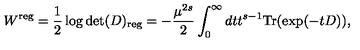
W ^ { \mathrm { \scriptsize r e g } } = \frac 1 2 \log \det ( D ) _ { \mathrm { \scriptsize r e g } } = - \frac { \mu ^ { 2 s } } { 2 } \int _ { 0 } ^ { \infty } d t t ^ { s - 1 } \mathrm { T r } ( \exp ( - t D ) ) ,